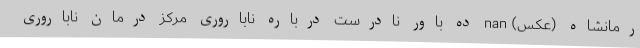
رمانشاه (عکس) nan ده باور نادرست درباره ناباروری مرکز درمان ناباروری